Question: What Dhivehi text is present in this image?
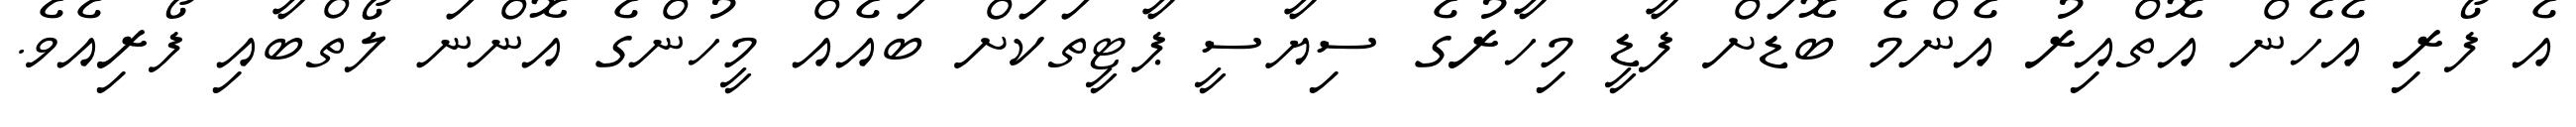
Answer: އެ ފޯރި އެހެން އޮތްއިރު އެންމެ ބޮޑަށް ފާޑީ މިހާރުގެ ސިޔާސީ ޕާޓީތަކަށް ބައެއް މީހުންގެ އޮންނަ ލޯތްބާއި ފޯރިއެވެ.